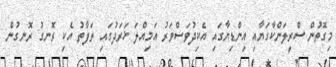
މިގޮތުން ސްރީލަންކާގަޔާއި އިންޑިޔާގައި އެކިދުވަސްވަރު އަމިއްލަ ޚަރަދުގައި ތަފާތު އެކި ރޮނގު ރޮނގުން